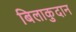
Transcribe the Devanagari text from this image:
बिलाकुदान